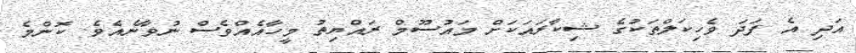
އަދި އެ ފަދަ ވެހިކަލްތަކުގެ ޝިކާރައަކަށް މައުސޫމް ރައްޔިތު މީހާއެއްވެސް ނުވާނެއެވެ. ކޮންމެ